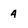
Character: 4